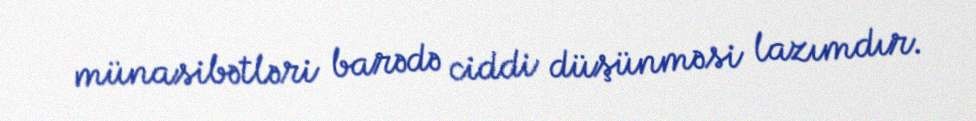
münasibətləri barədə ciddi düşünməsi lazımdır.